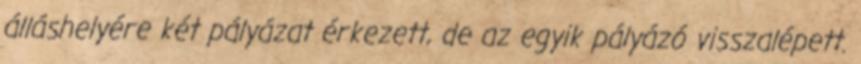
álláshelyére két pályázat érkezett, de az egyik pályázó visszalépett.